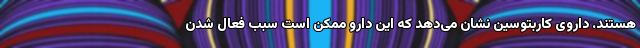
هستند. داروی کاربتوسین نشان می‌دهد که این دارو ممکن است سبب فعال شدن